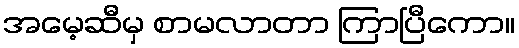
အမေ့ဆီမှ စာမလာတာ ကြာပြီကော။